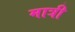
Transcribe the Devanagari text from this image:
मात्री